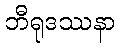
ဘီရုဒဿနာ